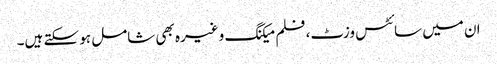
ان میں سائٹس وزٹ، فلم میکنگ وغیرہ بھی شامل ہو سکتے ہیں۔